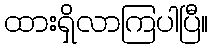
ထားရှိလာကြပါပြီ။